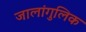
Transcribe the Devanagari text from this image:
जालांगुलिक